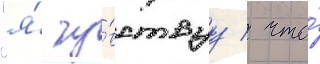
"я́ чу́вствуу / что́